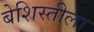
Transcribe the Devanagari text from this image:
बेशिस्तीला